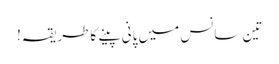
تین سانس میں پانی پینے کاطریقہ!